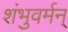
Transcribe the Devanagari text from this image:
शंभुवर्मन्